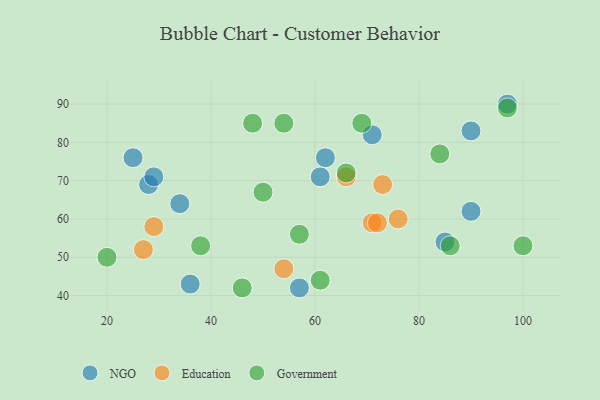
{"axis": {"x": "GDP", "y": "Life Expectancy"}, "legend": ["Education", "Government", "NGO"], "data": [{"x": "61", "y": 71, "type": "NGO"}, {"x": "85", "y": 54, "type": "NGO"}, {"x": "28", "y": 69, "type": "NGO"}, {"x": "25", "y": 76, "type": "NGO"}, {"x": "34", "y": 64, "type": "NGO"}, {"x": "90", "y": 83, "type": "NGO"}, {"x": "71", "y": 82, "type": "NGO"}, {"x": "36", "y": 43, "type": "NGO"}, {"x": "97", "y": 90, "type": "NGO"}, {"x": "29", "y": 71, "type": "NGO"}, {"x": "57", "y": 42, "type": "NGO"}, {"x": "90", "y": 62, "type": "NGO"}, {"x": "62", "y": 76, "type": "NGO"}, {"x": "71", "y": 59, "type": "Education"}, {"x": "76", "y": 60, "type": "Education"}, {"x": "29", "y": 58, "type": "Education"}, {"x": "54", "y": 47, "type": "Education"}, {"x": "27", "y": 52, "type": "Education"}, {"x": "72", "y": 59, "type": "Education"}, {"x": "66", "y": 71, "type": "Education"}, {"x": "73", "y": 69, "type": "Education"}, {"x": "20", "y": 50, "type": "Government"}, {"x": "97", "y": 89, "type": "Government"}, {"x": "100", "y": 53, "type": "Government"}, {"x": "54", "y": 85, "type": "Government"}, {"x": "38", "y": 53, "type": "Government"}, {"x": "48", "y": 85, "type": "Government"}, {"x": "50", "y": 67, "type": "Government"}, {"x": "46", "y": 42, "type": "Government"}, {"x": "86", "y": 53, "type": "Government"}, {"x": "66", "y": 72, "type": "Government"}, {"x": "84", "y": 77, "type": "Government"}, {"x": "69", "y": 85, "type": "Government"}, {"x": "57", "y": 56, "type": "Government"}, {"x": "61", "y": 44, "type": "Government"}]}